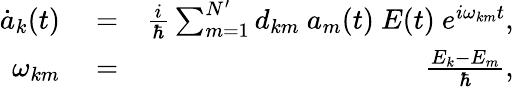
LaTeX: \begin{array}{rlr}{\dot{a}_{k}(t)}&{{}=}&{\frac{i}{\hbar}\sum_{m=1}^{N^{\prime}}d_{km}\ a_{m}(t)\ E(t)\ e^{i\omega_{km}t},}\\ {\omega_{km}}&{{}=}&{\frac{E_{k}-E_{m}}{\hbar},}\end{array}